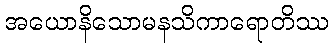
အယောနိသောမနသိကာရောတိဿ